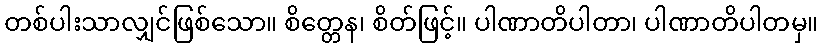
တစ်ပါးသာလျှင်ဖြစ်သော။ စိတ္တေန၊ စိတ်ဖြင့်။ ပါဏာတိပါတာ၊ ပါဏာတိပါတမှ။